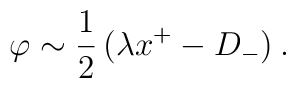
\:\varphi \sim \frac{1}{2}\,(\lambda x^+ -D_- )\:.